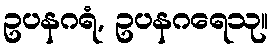
ဥပနဂရံ, ဥပနဂရေသု။